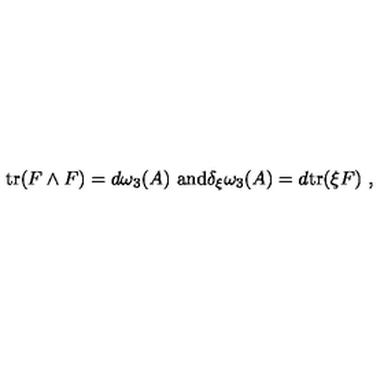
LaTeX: \mathrm { t r } ( F \wedge F ) = d \omega _ { 3 } ( A ) \ \mathrm { a n d } \delta _ { \xi } \omega _ { 3 } ( A ) = d \mathrm { t r } ( \xi F ) \ ,